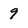
Character: 9